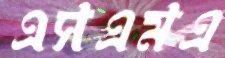
এসএমএ